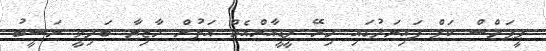
ޕީޕަލްސް ކަޕް ފައިނަލުގައި މިރޭ ޕީޑީއާރްއެމް އަތުން މާޒިޔާ ބަލިވީ ނަސީބު